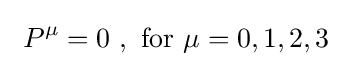
~P^{\mu }=0~,{\text{ for }}\mu =0,1,2,3~